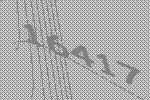
16417